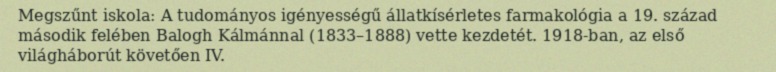
Megszűnt iskola: A tudományos igényességű állatkísérletes farmakológia a 19. század második felében Balogh Kálmánnal (1833–1888) vette kezdetét. 1918-ban, az első világháborút követően IV.